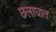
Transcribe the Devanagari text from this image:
छलाघात